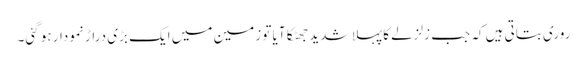
روری بتاتی ہیں کہ جب زلزلے کا پہلا شدید جھٹکا آیا تو زمین میں ایک بڑی دراڑ نمودار ہو گئی۔